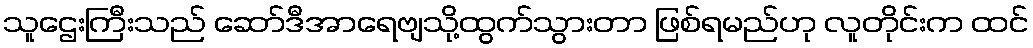
သူဌေးကြီးသည် ဆော်ဒီအာရေဗျသို့ထွက်သွားတာ ဖြစ်ရမည်ဟု လူတိုင်းက ထင်